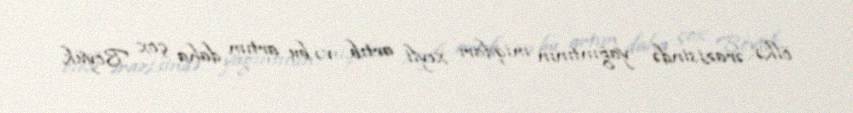
ölkə ərazisində yağıntının miqdarı xeyli artıb və bu artım daha çox Böyük